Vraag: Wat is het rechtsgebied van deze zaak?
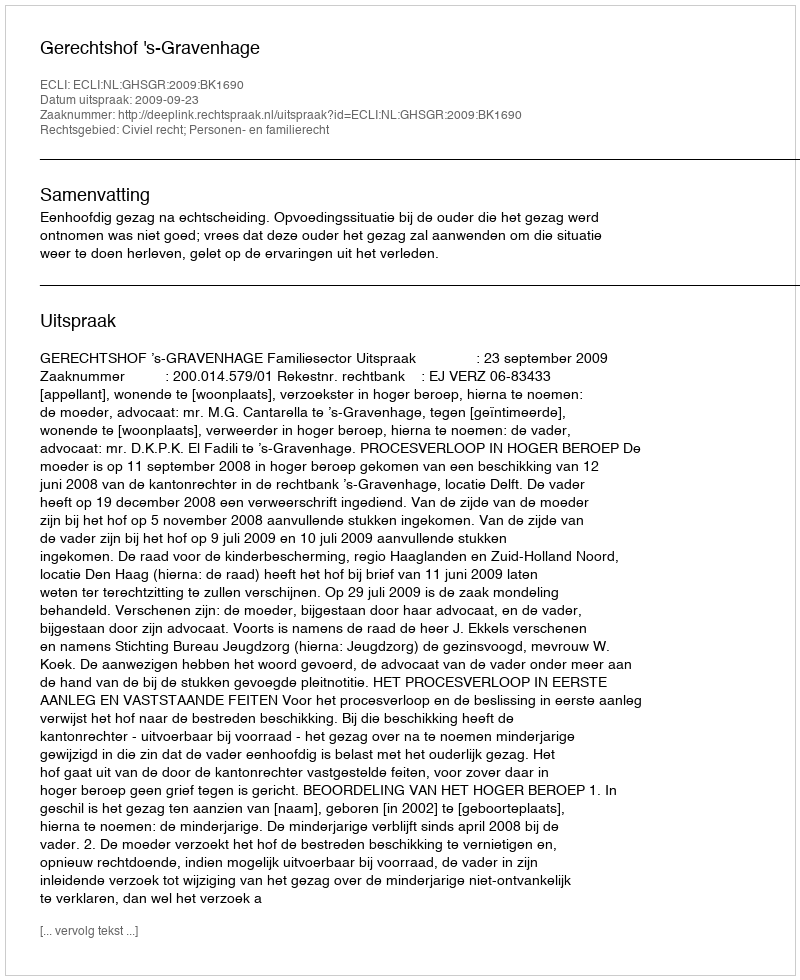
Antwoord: Civiel recht; Personen- en familierecht